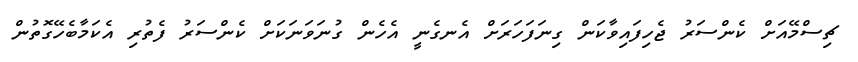
ޗިސްމޭއަށް ކެންސަރު ޖެހިފައިވާކަން ގިނަފަހަރަށް އެނގެނީ އެހެން ގުނަވަނަކަށް ކެންސަރު ފެތުރި އެކަމާބެހޭގޮތުން